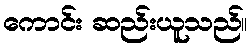
ကောင်း ဆည်းယူသည်။